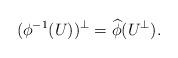
LaTeX: \begin{align*}(\phi^{-1}(U))^\perp=\widehat\phi (U^\perp). \end{align*}